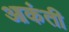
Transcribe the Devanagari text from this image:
आकंती